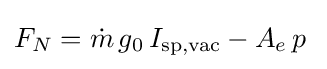
F_{N}={\dot {m}}\,g_{0}\,I_{\text{sp,vac}}-A_{e}\,p\;